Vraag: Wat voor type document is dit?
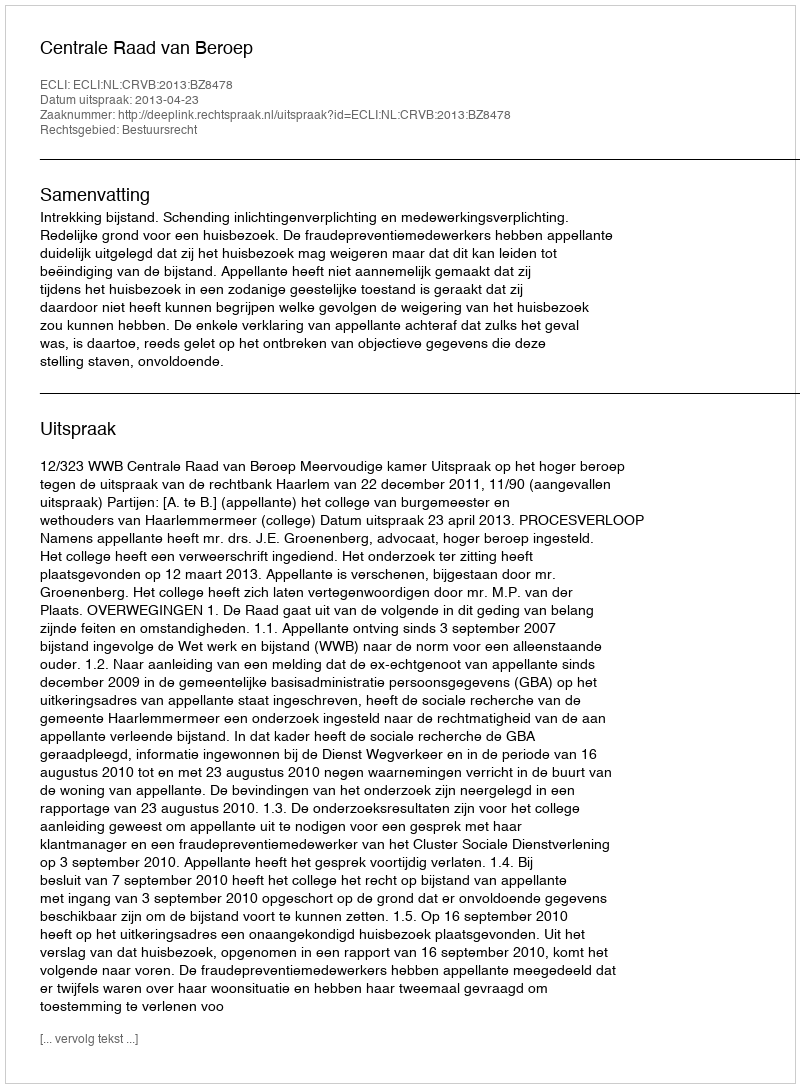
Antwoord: Uitspraak